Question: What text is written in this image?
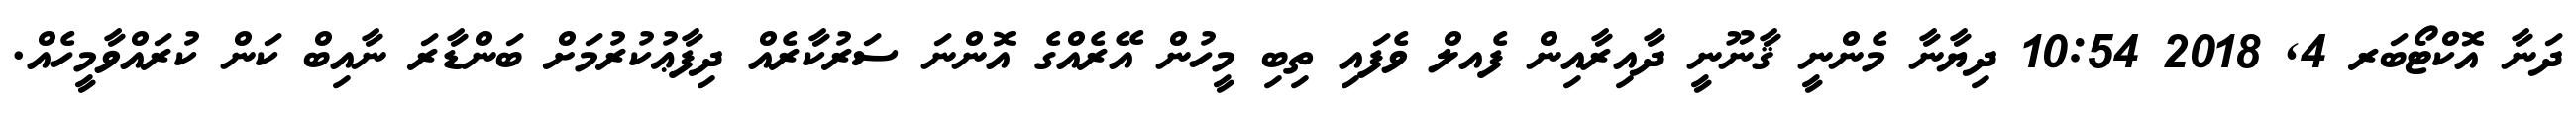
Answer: ދަނާ އޮކްޓޯބަރ 4, 2018 10:54 ދިޔާނާ މެންނީ ޤާނޫނީ ދާއިރާއިން ފެއލް ވެފައި ތިބި މީހުން އޭރެއްގެ އޮންނަ ސަރުކާރެއް ދިފާޢުކުރުމަށް ބަންޑާރަ ނާއިބް ކަން ކުރައްވާމީހެއް.